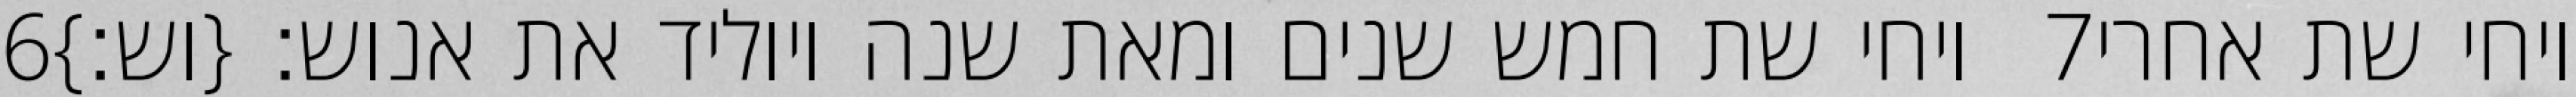
‎6‏ ויחי שת חמש שנים ומאת שנה ויוליד את אנוש׃ {וש׃} ‎7‏ ויחי שת אחרי